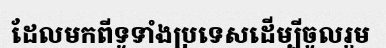
ដែលមកពីទូទាំងប្រទេសដើម្បីចូលរួម